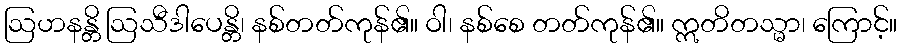
ဩဟနန္တိ ဩသီဒါပေန္တိ၊ နစ်တတ်ကုန်၏။ ဝါ၊ နစ်စေ တတ်ကုန်၏။ ဣတိတသ္မာ၊ ကြောင့်။